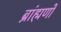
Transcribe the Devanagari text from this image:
ब्रांह्मणों